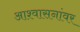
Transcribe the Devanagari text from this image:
आश्वासनांवर